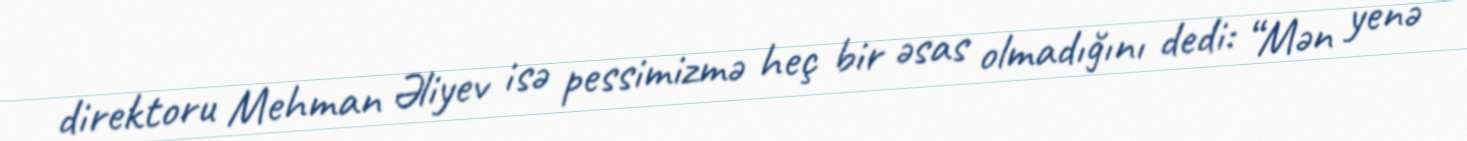
direktoru Mehman Əliyev isə pessimizmə heç bir əsas olmadığını dedi: “Mən yenə